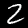
Label: 2